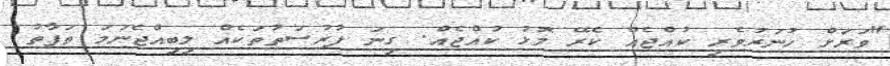
"ވަރަށް ހުނަރުވެރި ކުއްޖެއް ކެރޭ މޮޅު ކުއްޖެއް. ގިނަ ފުރުސަތުތަކެއް ލިބިއްޖެނަމަ ތަފާތު